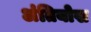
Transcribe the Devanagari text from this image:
अंतियोख